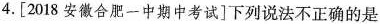
4.[2018安徽合肥一中期中考试]下列说法不正确的是